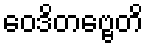
ဝေဒိတဗ္ဗေတိ